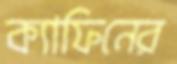
ক্যাফিনের